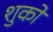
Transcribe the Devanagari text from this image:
शुकों